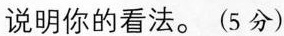
说明你的看法。(5分)